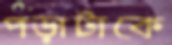
পড়াটাকে